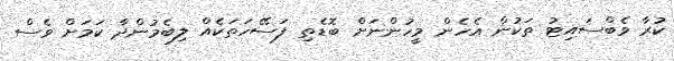
ކުރާ ވެބްސައިޓު ތަކުން އެހެން މީހުންނަށް ބޮޑެތި ފަސޭހަތަކެއް ލިބެމުންދާ ކަމަށް ވެސް